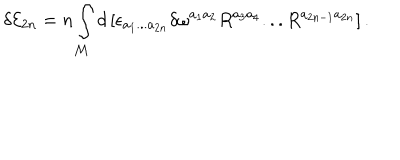
LaTeX: \delta { \cal E } _ { 2 n } = n \int _ { { \cal M } } d \left[ \epsilon _ { a _ { 1 } . . . a _ { 2 n } } \delta \omega ^ { a _ { 1 } a _ { 2 } } R ^ { a _ { 3 } a _ { 4 } } . . . R ^ { a _ { 2 n - 1 } a _ { 2 n } } \right] .